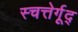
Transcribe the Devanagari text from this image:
स्चत्तेर्गूद्